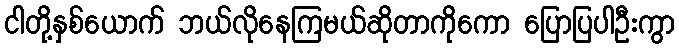
ငါတို့နှစ်ယောက် ဘယ်လိုနေကြမယ်ဆိုတာကိုကော ပြောပြပါဦးကွာ